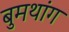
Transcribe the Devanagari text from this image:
बुमथांग